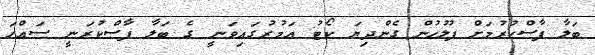
ބަލާ ފާސްކުރުމަށް ފުލުހުން ގެންދިޔަ ކޯޓު އަމުރުގައިވަނީ ގެ ބަލާ ފާސްކުރަނީ ސައްހަ